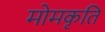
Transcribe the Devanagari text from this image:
मोमकृति